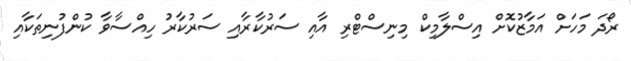
ރޯދަ މަހަށް އަމާޒުކޮށް އިސްލާމިކް މިނިސްޓްރި އާއި ސަރުކާރާއި ސަރުކާރު ހިއްސާވާ ކުންފުނިތަކާއި